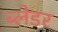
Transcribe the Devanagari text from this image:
ब्लेडर